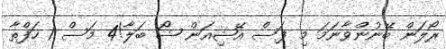
ރޯލަން ބޭނުންވާނަމަ މި ފަސް އޭޝިއަން ޝޯ ބަލާ!4 މަސް 1 ހަފްތާ